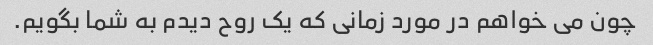
چون می خواهم در مورد زمانی که یک روح دیدم به شما بگویم.